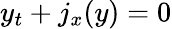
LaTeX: y_{t}+j_{x}(y)=0